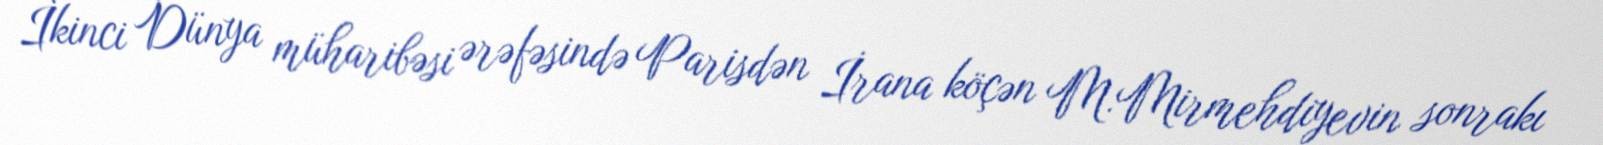
İkinci Dünya müharibəsi ərəfəsində Parisdən İrana köçən M.Mirmehdiyevin sonrakı